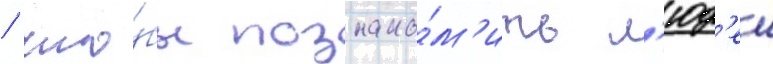
/ что́бы познако́м'ить л'юд'еи